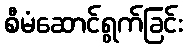
စီမံဆောင်ရွက်ခြင်း